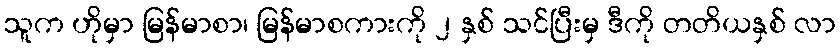
သူက ဟိုမှာ မြန်မာစာ၊ မြန်မာစကားကို ၂ နှစ် သင်ပြီးမှ ဒီကို တတိယနှစ် လာ